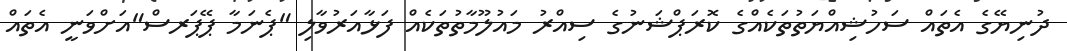
ދުނިޔޭގެ އެތައް ސަހުޝިއްޔަތުތަކެއްގެ ކޮރަޕްޝަނުގެ ސިއްރު މައުލޫމާތުތަކެއް ފަޅާއަރުވާލި "ޕެނަމާ ޕޭޕަރސް"އަށްވަނީ އެތައް